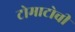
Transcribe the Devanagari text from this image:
टोमाटोची